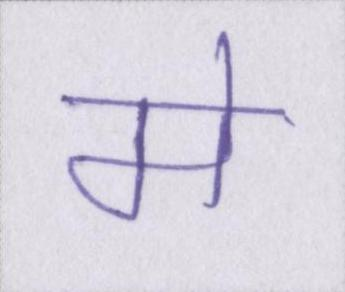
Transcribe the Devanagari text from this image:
मे